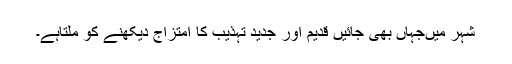
شہر میںجہاں بھی جائیں قدیم اور جدید تہذیب کا امتزاج دیکھنے کو ملتاہے۔